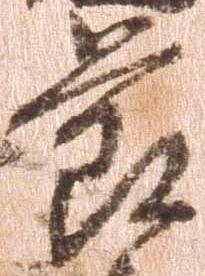
節